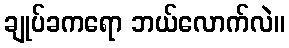
ချုပ်ခကရော ဘယ်လောက်လဲ။